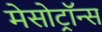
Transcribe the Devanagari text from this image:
मेसोट्रॉन्स